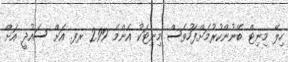
ހިލޭ މިނިޓް ބޭނުންކުރުމަށްފަހުވެސް މިނިޓަކު އެންމެ 2.99 ރފ. އަށް ސައުދީ އަށް